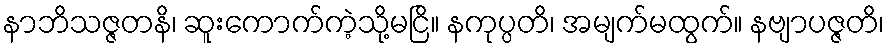
နာဘိသဇ္ဇတနိ၊ ဆူးကောက်ကဲ့သို့မငြိ။ နကုပ္ပတိ၊ အမျက်မထွက်။ နဗျာပဇ္ဇတိ၊